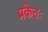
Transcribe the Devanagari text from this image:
प्रकेतः